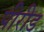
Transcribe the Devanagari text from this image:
पीरीड